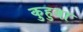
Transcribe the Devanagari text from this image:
कुहुवा